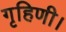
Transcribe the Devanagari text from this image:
गृहिणी।